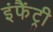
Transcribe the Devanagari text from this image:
इंफैंट्री